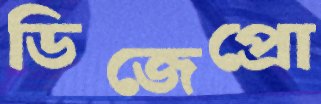
ডিজেপ্রো